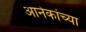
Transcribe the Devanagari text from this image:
आनेकांच्या